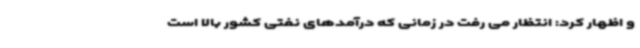
و اظهار کرد: انتظار می رفت در زمانی که درآمدهای نفتی کشور بالا است